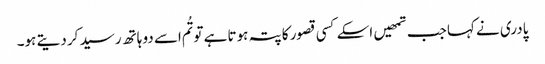
پادری نے کہا جب تمھیں اسکے کسی قصور کا پتہ ہوتا ہے تو تُم اسے دو ہاتھ رسید کر دیتے ہو۔